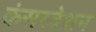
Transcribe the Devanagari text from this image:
कंसरवेशन